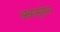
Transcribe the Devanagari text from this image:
अन्नामुळेच